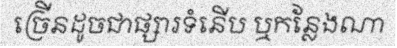
ច្រើនដូចជាផ្សារទំនើប ឬកន្លែងណា